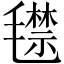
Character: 𣰙